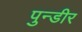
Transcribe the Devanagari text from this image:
पुन्डीर